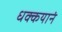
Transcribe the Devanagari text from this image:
धक्कयानं